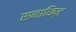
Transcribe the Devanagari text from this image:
समाधिष्ट